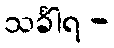
သင်္ခါရ -